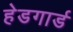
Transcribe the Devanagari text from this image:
हेडगार्ड